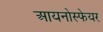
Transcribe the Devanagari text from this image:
आयनोस्फेयर